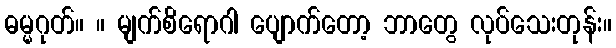
ဓမ္မဂုတ်။ ။ မျက်စိရောဂါ ပျောက်တော့ ဘာတွေ လုပ်သေးတုန်း။